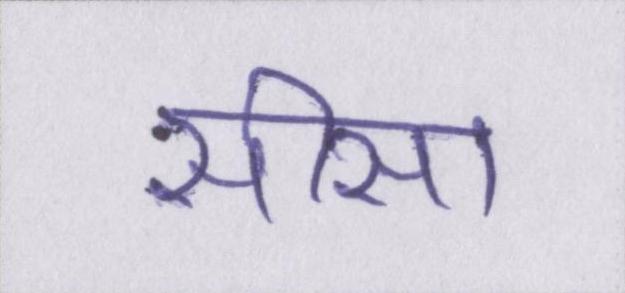
सीसा